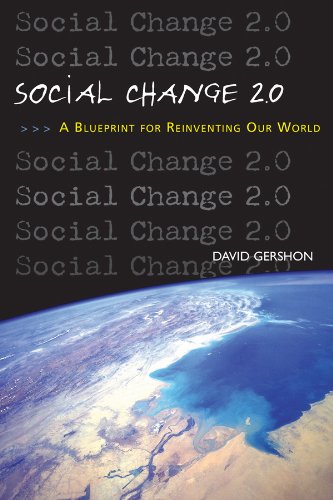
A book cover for Social Change 2.0: A Blueprint for Reinventing Our World; David Gershon; Business & Money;